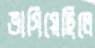
ভাগিয়েছিলে